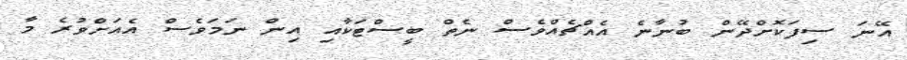
އޭނަ ސިފަކޮށްދޭން ބުނާނެ އެއްޗެއްވެސް ނެތް ބީސްޓަކާއި އިން ނަމަވެސް އެއަށްވުރެ މާ